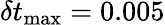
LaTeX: \delta t_{\textrm{max}}=0.005